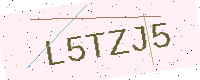
Text: L5TZJ5